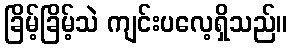
ခြိမ့်ခြိမ့်သဲ ကျင်းပလေ့ရှိသည်။